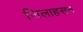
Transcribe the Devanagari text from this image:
जिलाहसन